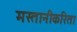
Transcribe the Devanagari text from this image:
मस्तानीकरिता